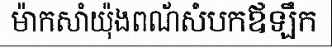
ម៉ាកសាំយ៉ុងពណ័សំបកឪឡឹក